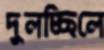
দুলচ্ছিলে